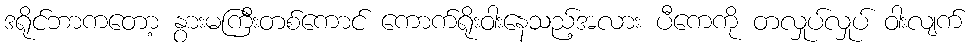
ဒရိုင်ဘာကတော့ နွားမကြီးတစ်ကောင် ကောက်ရိုးဝါးနေသည့်အလား ပီကေကို တလှုပ်လှုပ် ဝါးလျက်